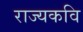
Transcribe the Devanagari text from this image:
राज्यकवि